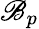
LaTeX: \mathscr{B}_{p}